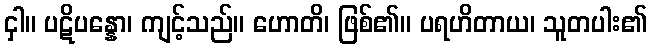
ငှါ။ ပဋိပန္နော၊ ကျင့်သည်။ ဟောတိ၊ ဖြစ်၏။ ပရဟိတာယ၊ သူတပါး၏